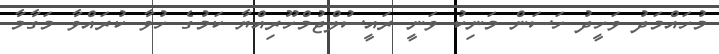
މުހައްމަދު ވަހީދު ހަސަން މަނިކު ވަނީ ރައީސުލްޖުމްހޫރިއްޔާ ކަމުގެ ހުވާ ކުރައްވާ މަގާމާ